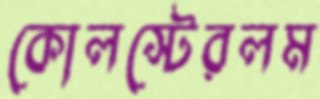
কোলস্টেরলম